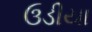
ઉડીયા